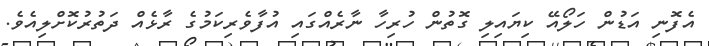
އެފޮނި އަޑުން ހަލޯއޭ ކިޔައިލި ގޮތުން ހުރިހާ ނާރެއްގައި އުފާވެރިކަމުގެ ރާޅެއް ދަތުރުކޮށްލިއެވެ.